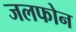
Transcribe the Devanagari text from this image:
जलफोन